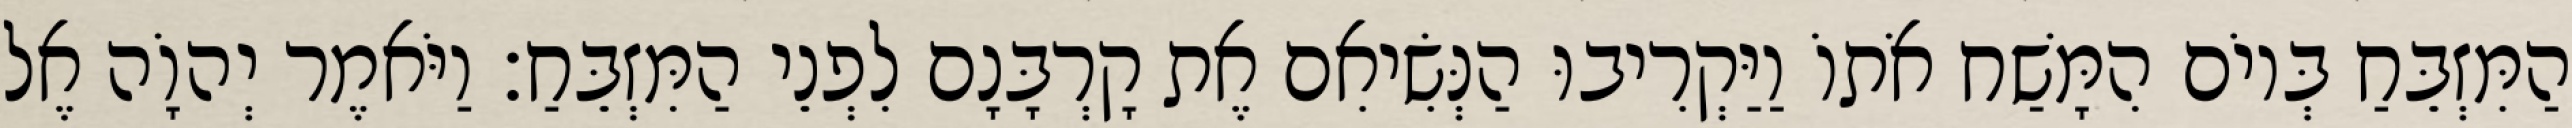
הַמִּזְבֵּחַ בְּיוֹם הִמָּשַׁח אֹתוֹ וַיַּקְרִיבוּ הַנְּשִׂיאִם אֶת קָרְבָּנָם לִפְנֵי הַמִּזְבֵּחַ׃ וַיֹּאמֶר יְהוָֹה אֶל